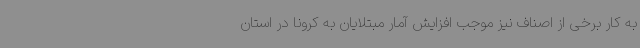
به کار برخی از اصناف نیز موجب افزایش آمار مبتلایان به کرونا در استان